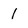
Character: l